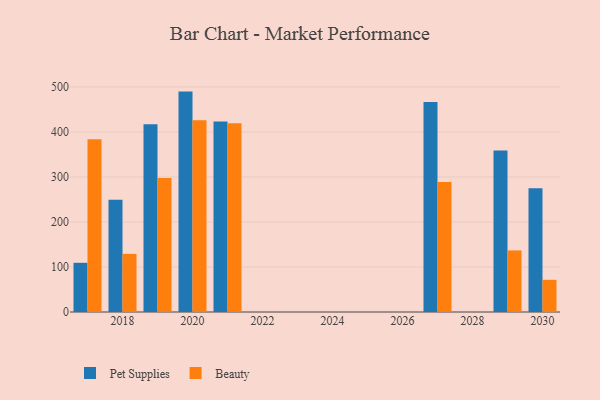
{"axis": {"x": "Year", "y": "Temperature (°C)"}, "legend": ["Beauty", "Pet Supplies"], "data": [{"x": "2030", "y": 275.2, "type": "Pet Supplies"}, {"x": "2030", "y": 71.5, "type": "Beauty"}, {"x": "2017", "y": 109.3, "type": "Pet Supplies"}, {"x": "2017", "y": 383.8, "type": "Beauty"}, {"x": "2029", "y": 358.9, "type": "Pet Supplies"}, {"x": "2029", "y": 136.8, "type": "Beauty"}, {"x": "2018", "y": 249.2, "type": "Pet Supplies"}, {"x": "2018", "y": 129.1, "type": "Beauty"}, {"x": "2020", "y": 489.7, "type": "Pet Supplies"}, {"x": "2020", "y": 425.9, "type": "Beauty"}, {"x": "2019", "y": 417.2, "type": "Pet Supplies"}, {"x": "2019", "y": 298.0, "type": "Beauty"}, {"x": "2021", "y": 423.2, "type": "Pet Supplies"}, {"x": "2021", "y": 419.2, "type": "Beauty"}, {"x": "2027", "y": 466.5, "type": "Pet Supplies"}, {"x": "2027", "y": 288.8, "type": "Beauty"}]}